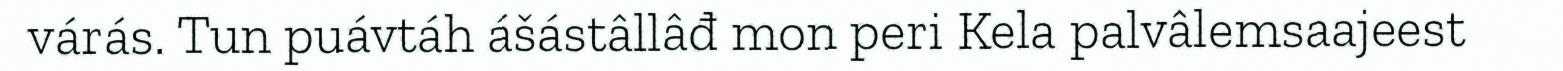
várás. Tun puávtáh ášástâllâđ mon peri Kela palvâlemsaajeest